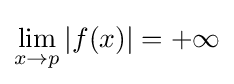
\lim _{x\to p}{|f(x)|}=+\infty